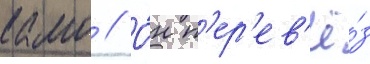
камо // О́н п'ер'ев'ё́з